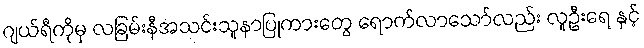
ဂျယ်ရီကိုမှ လခြမ်းနီအသင်းသူနာပြုကားတွေ ရောက်လာသော်လည်း လူဦးရေ နှင့်